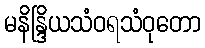
မနိန္ဒြိယသံဝရသံဝုတော